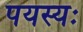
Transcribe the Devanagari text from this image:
पयस्यः